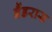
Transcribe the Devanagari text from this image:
बैंडरास